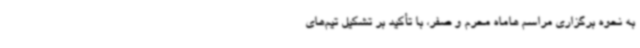
به نحوه برگزاری مراسم هاماه محرم و صفر، با تأکید بر تشکیل تیم‌های